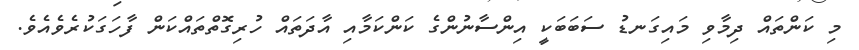
މި ކަންތައް ދިމާވި މައިގަނޑު ސަބަބަކީ އިންސާނުންގެ ކަންކަމާއި އާދަތައް ހުރިގޮތްތައްކަން ފާހަގަކުރެވެއެވެ.